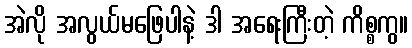
အဲလို အလွယ်မဖြေပါနဲ့ ဒါ အရေးကြီးတဲ့ ကိစ္စကွ။